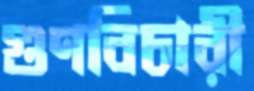
গুণবিচারী